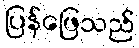
ပြန်ဖြေသည်